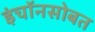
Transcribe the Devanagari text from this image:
इंचॉनसोबत